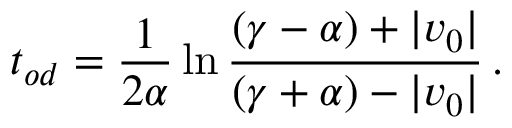
t _ { o d } = \frac { 1 } { 2 \alpha } \ln \frac { ( \gamma - \alpha ) + | v _ { 0 } | } { ( \gamma + \alpha ) - | v _ { 0 } | } \, .